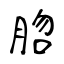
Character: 脗